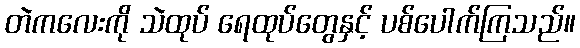
တဲကလေးကို သဲထုပ် ရေထုပ်တွေနှင့် ပစ်ပေါက်ကြသည်။